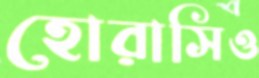
হোরাসিও